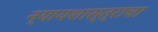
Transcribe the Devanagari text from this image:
न्यायशास्त्राचा